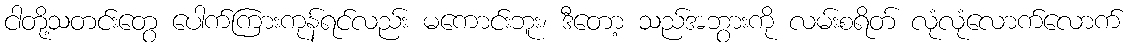
ငါတို့သတင်းတွေ ပေါက်ကြားကုန်ရင်လည်း မကောင်းဘူး၊ ဒီတော့ သည်အဘွားကို လမ်းစရိတ် လုံလုံလောက်လောက်